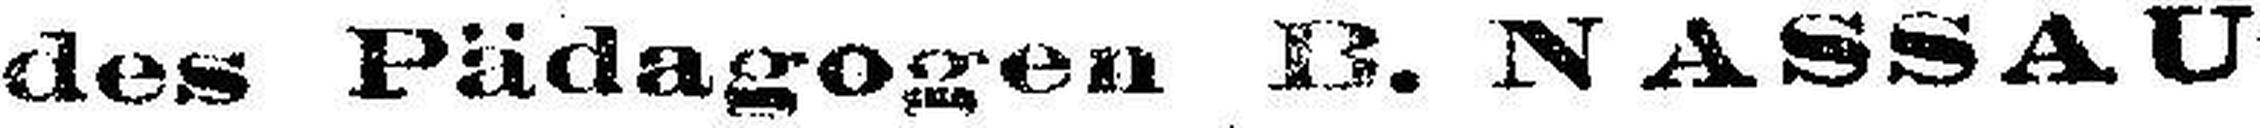
des Pädagogen B. NASSAU